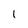
Character: 1